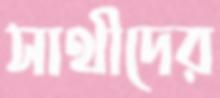
সাথীদের